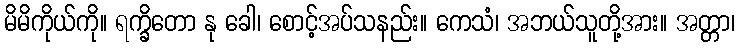
မိမိကိုယ်ကို။ ရက္ခိတော နု ခေါ၊ စောင့်အပ်သနည်း။ ကေသံ၊ အဘယ်သူတို့အား။ အတ္တာ၊